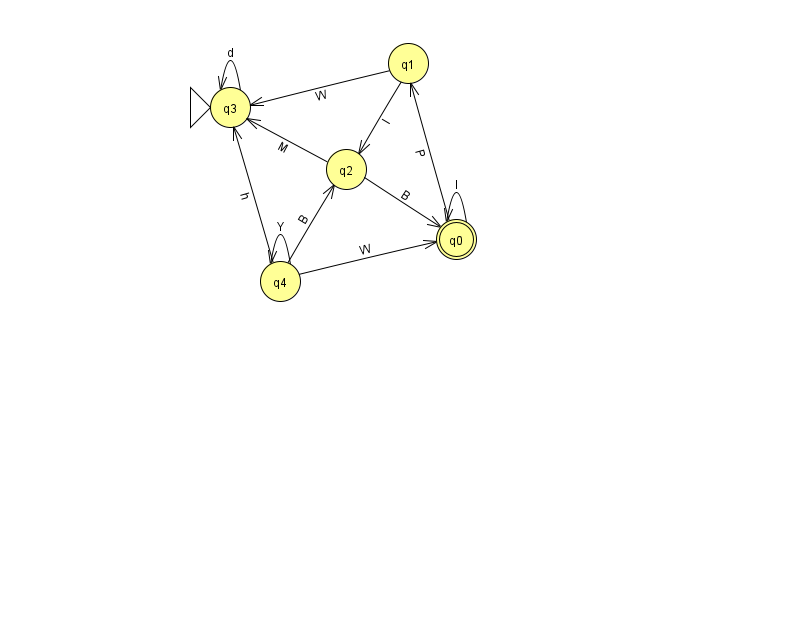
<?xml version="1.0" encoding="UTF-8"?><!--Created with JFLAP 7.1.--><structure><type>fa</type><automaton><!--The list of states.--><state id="0" name="q0"><x>456.0</x><y>226.0</y><final/></state><state id="1" name="q1"><x>408.0</x><y>50.0</y></state><state id="2" name="q2"><x>346.0</x><y>156.0</y></state><state id="3" name="q3"><x>230.0</x><y>94.0</y><initial/></state><state id="4" name="q4"><x>280.0</x><y>268.0</y></state><!--The list of transitions.--><transition><from>3</from><to>3</to><read>d</read></transition><transition><from>4</from><to>0</to><read>W</read></transition><transition><from>2</from><to>3</to><read>M</read></transition><transition><from>1</from><to>2</to><read>l</read></transition><transition><from>1</from><to>3</to><read>W</read></transition><transition><from>4</from><to>4</to><read>Y</read></transition><transition><from>0</from><to>1</to><read>P</read></transition><transition><from>0</from><to>0</to><read>l</read></transition><transition><from>2</from><to>0</to><read>B</read></transition><transition><from>4</from><to>2</to><read>B</read></transition><transition><from>4</from><to>3</to><read>h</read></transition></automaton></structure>